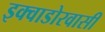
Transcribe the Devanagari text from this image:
इक्वाडोरवासी